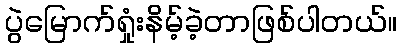
ပွဲမြောက်ရှုံးနိမ့်ခဲ့တာဖြစ်ပါတယ်။